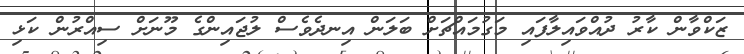
ޒަކްވާން ކާރު ދުއްވައިލާފައި މަގުމައްޗަށް ބަލަން އިނދެވެސް ލުޖައިންގެ މޫނަށް ސިއްރުން ކަޅި